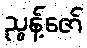
ညွန့်ဇော်